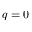
q = 0